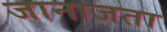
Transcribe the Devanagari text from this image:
जानाजता